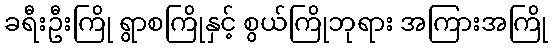
ခရီးဦးကြို ရွာစကြိုနှင့် စွယ်ကြိုဘုရား အကြားအကြို